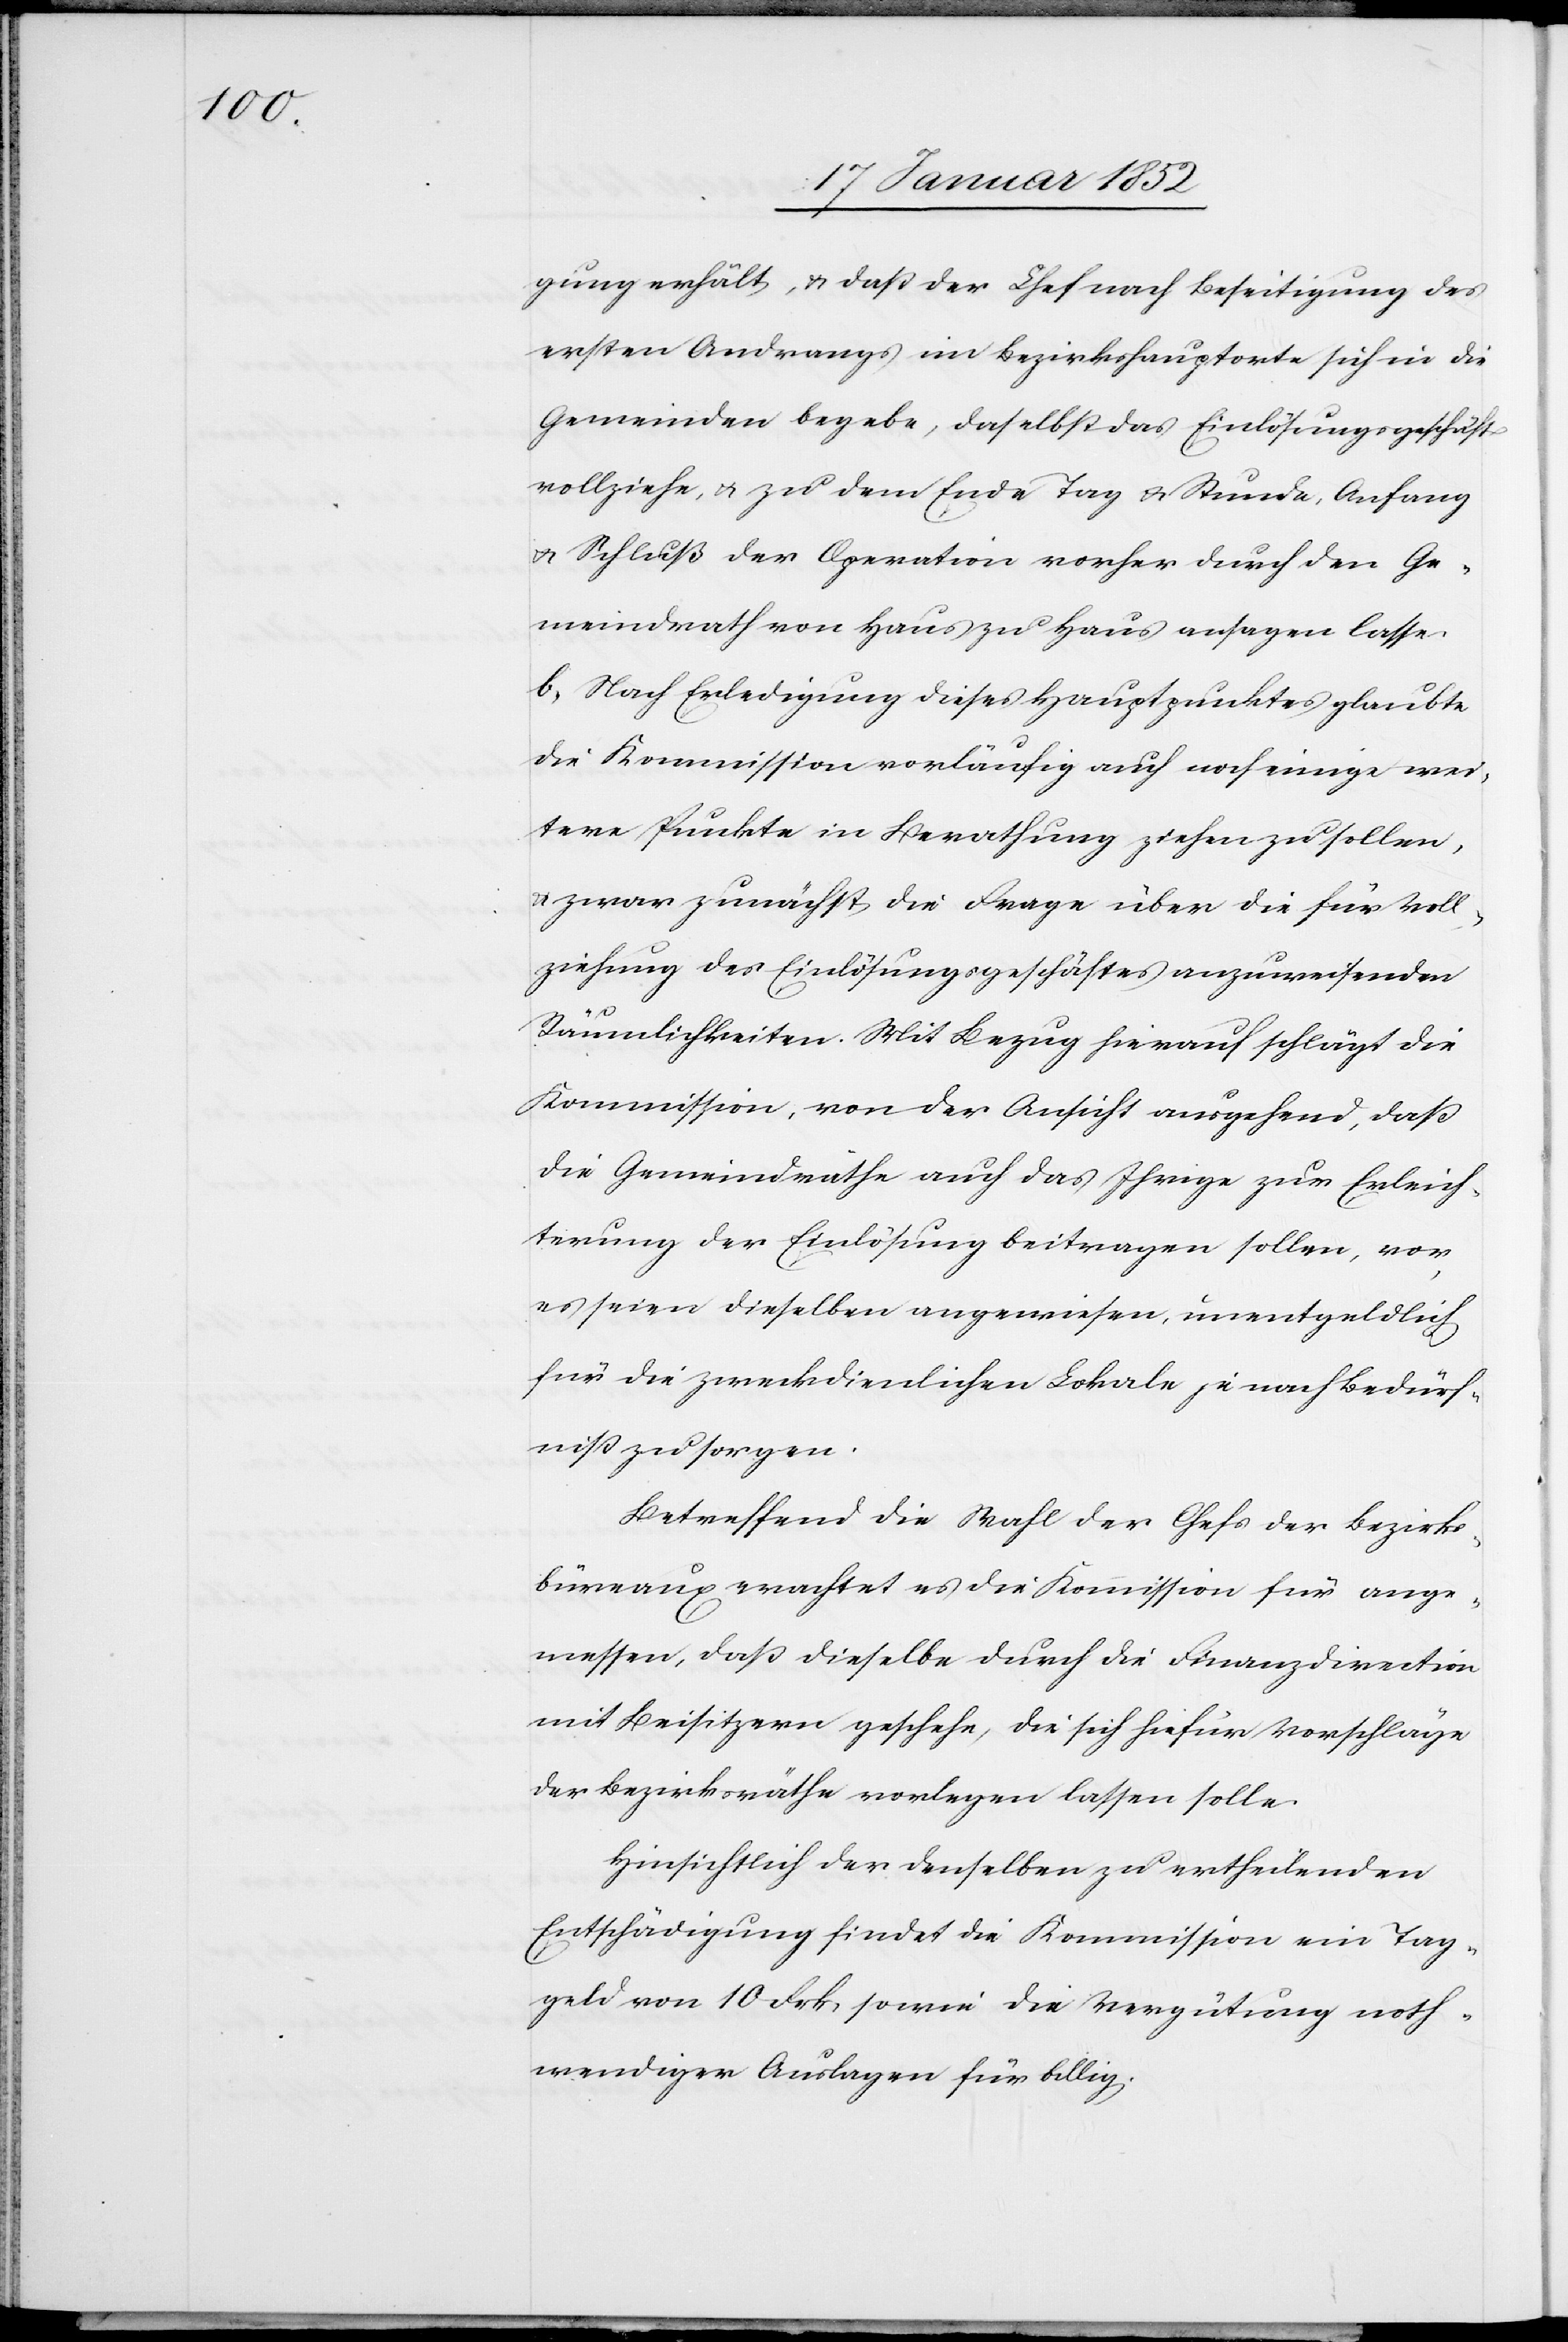
gung erhält, u. daß der Chef nach Beseitigung des
ersten Andrangs im Bezirkshauptorte sich in die
Gemeinden begebe, daselbst das Einlösungsgeschäft
vollziehe, u. zu dem Ende Tag u. Stunde, Anfang
u. Schluß der Operation vorher durch den Ge¬
meindrath von Haus zu Haus ansagen lasse.
b.) Nach Erledigung dieses Hauptpunktes glaubte
die Kommission vorläufig auch noch einige wei¬
tere Punkte in Berathung ziehen zu sollen,
u. zwar zunächst die Frage über die für Voll¬
ziehung des Einlösungsgeschäftes anzuweisenden
Räumlichkeiten. Mit Bezug hierauf schlägt die
Kommission, von der Ansicht ausgehend, daß
die Gemeindräthe auch das Ihrige zur Erleich¬
terung der Einlösung beitragen sollen, vor
es seien dieselben angewiesen, unentgeldlich
für die zweckdienlichen Lokale je nach Bedürf¬
niß zu sorgen.
Betreffend die Wahl der Chefs der Bezirks¬
büreaus erachtet es die Kommission für ange¬
messen, daß dieselbe durch die Finanzdirektion
mit Beisitzern geschehe, die sich hiefür Vorschläge
der Bezirksräthe vorlegen lassen solle.
Hinsichtlich der denselben zu ertheilenden
Entschädigung findet die Kommission ein Tag¬
geld von 10 Frk., sowie die Vergütung noth¬
wendiger Auslagen für billig.